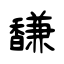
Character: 馦